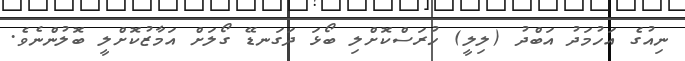
ނިއުގެ އަހުމަދު އަބްދު (ލިލީ) ހުރަސްކޮށްލި ބޯޅަ ދަަގަނޑޭ ގޯލަށް އަމާޒުކޮށްލީ ބޮލުންނެވެ.